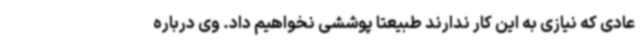
عادی که نیازی به این کار ندارند طبیعتا پوششی نخواهیم داد. وی درباره